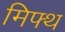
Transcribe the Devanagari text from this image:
मिफ्थ